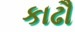
કાઢૌ